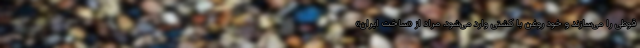
قوطی را می‌سازند و خود روغن با کشتی وارد می‌شود. مراد از «ساخت ایران»